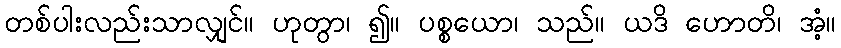
တစ်ပါးလည်းသာလျှင်။ ဟုတွာ၊ ၍။ ပစ္စယော၊ သည်။ ယဒိ ဟောတိ၊ အံ့။